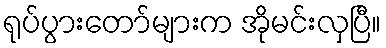
ရုပ်ပွားတော်များက အိုမင်းလှပြီ။